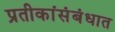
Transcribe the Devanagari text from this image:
प्रतीकांसंबंधात